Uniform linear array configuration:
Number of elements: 24
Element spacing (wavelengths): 0.25
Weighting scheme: blackman
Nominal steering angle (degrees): -45
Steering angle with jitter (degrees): -44.806
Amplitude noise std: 0.05
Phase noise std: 0.05

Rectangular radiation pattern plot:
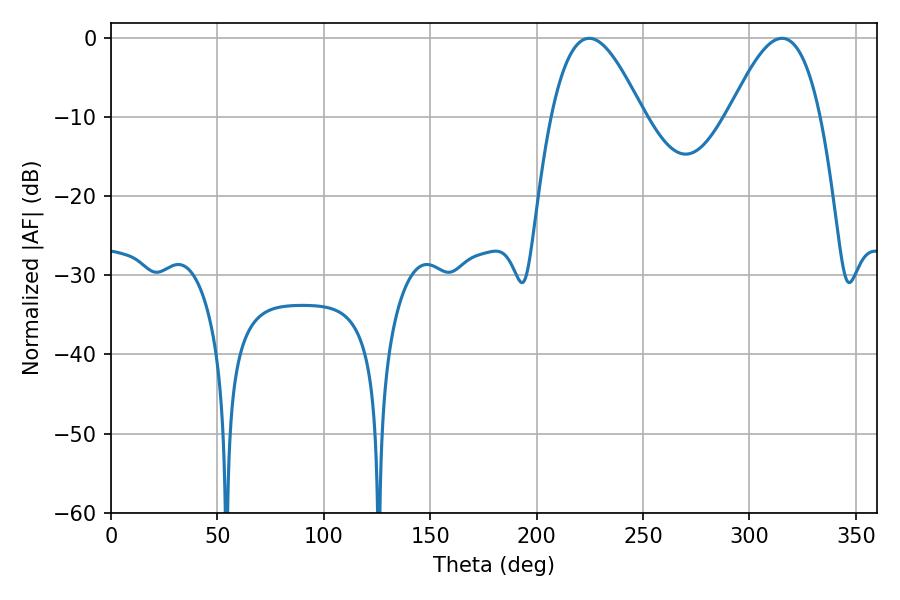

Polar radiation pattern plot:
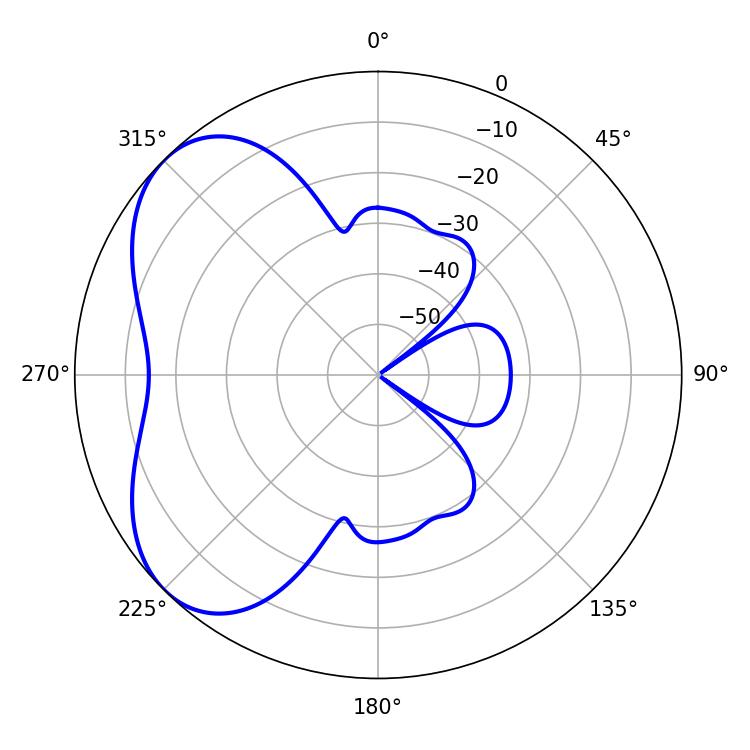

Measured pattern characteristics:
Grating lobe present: FALSE
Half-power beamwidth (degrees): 23.4
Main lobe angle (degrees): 224.64